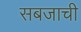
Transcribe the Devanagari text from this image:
सबजाची